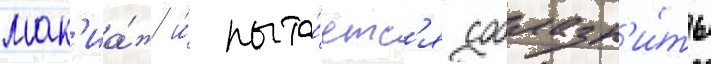
мак'иа́ж и́ пыта́етс'я соблазн'и́ть